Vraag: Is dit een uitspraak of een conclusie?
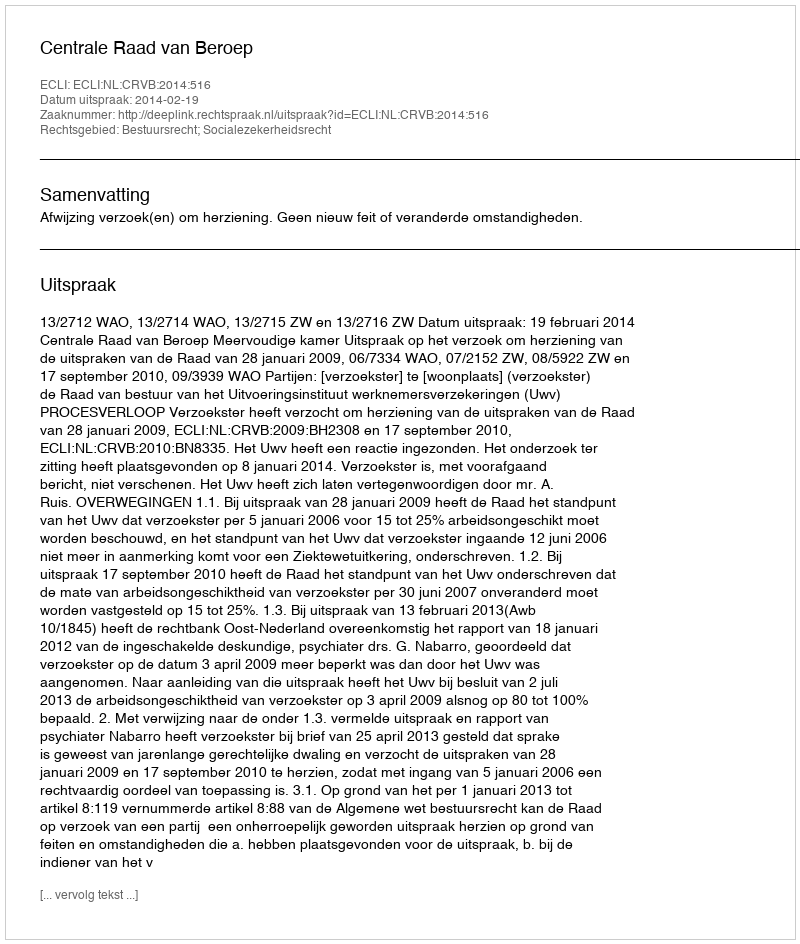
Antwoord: Uitspraak